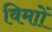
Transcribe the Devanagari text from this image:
विमाों